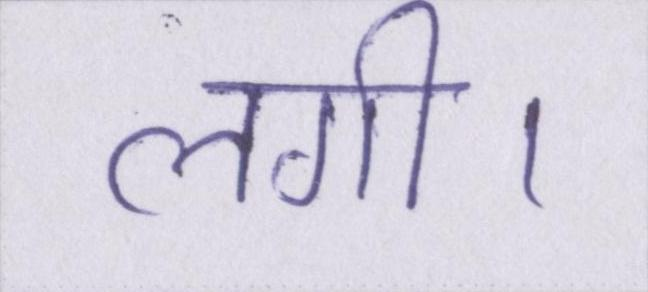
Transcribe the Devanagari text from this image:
लगी।